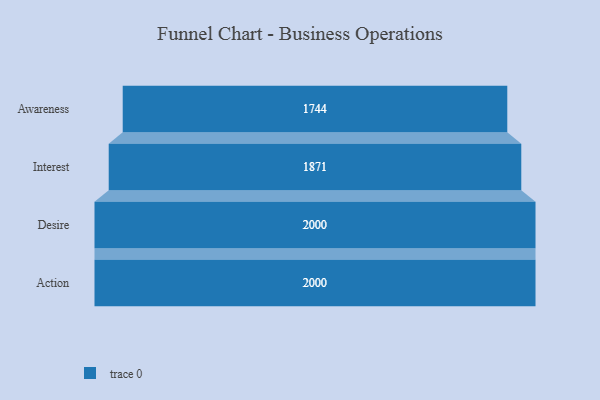
{"axis": {"x": "Stage", "y": "Value"}, "legend": [""], "data": [{"x": "Awareness", "y": 1744.0, "type": ""}, {"x": "Interest", "y": 1871.0, "type": ""}, {"x": "Desire", "y": 2000, "type": ""}, {"x": "Action", "y": 2000, "type": ""}]}